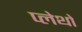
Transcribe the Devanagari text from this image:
प्लेथो